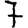
Digit: 7